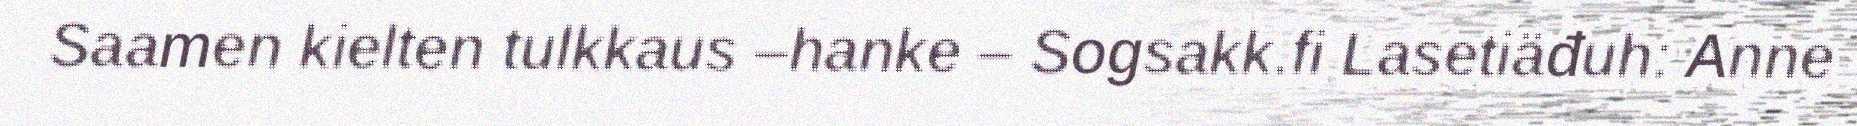
Saamen kielten tulkkaus –hanke – Sogsakk.fi Lasetiäđuh: Anne